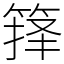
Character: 箨